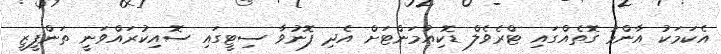
އެކަމަކު އާންމު ގޮތެއްގައި ޓްރެވެލް ޑޮކިއުމަންޓަށް އެދި ފޮނުވާ ސިޓީގައި ސޮއިކުރައްވަނީ ތަންފީޒީ